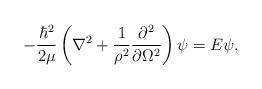
LaTeX: \begin{align*}-\frac{\hbar^2}{2\mu}\left(\nabla^2+\frac{1}{\rho^2}\frac{\partial^2}{\partial \Omega^2}\right)\psi = E\psi,\end{align*}